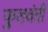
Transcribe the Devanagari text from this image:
फुलवंती